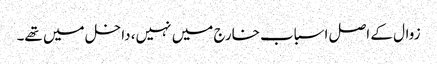
زوال کے اصل اسباب خارج میں نہیں، داخل میں تھے۔